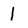
Character: l